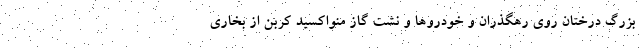
بزرگ درختان روی رهگذران و خودروها و نشت گاز منواکسید کربن از بخاری